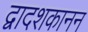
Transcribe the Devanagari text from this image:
द्वादशकानन